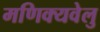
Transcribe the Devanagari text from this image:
मणिक्यवेलु